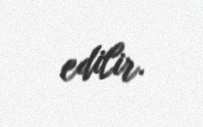
edilir.